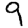
Digit: 9